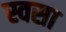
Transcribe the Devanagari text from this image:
स्वसा